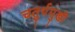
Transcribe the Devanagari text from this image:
चतुर्थमुखी